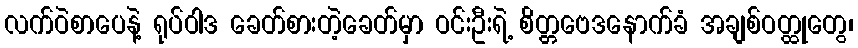
လက်ဝဲစာပေနဲ့ ရုပ်ဝါဒ ခေတ်စားတဲ့ခေတ်မှာ ဝင်းဦးရဲ့ စိတ္တဗေဒနောက်ခံ အချစ်ဝတ္ထုတွေ၊